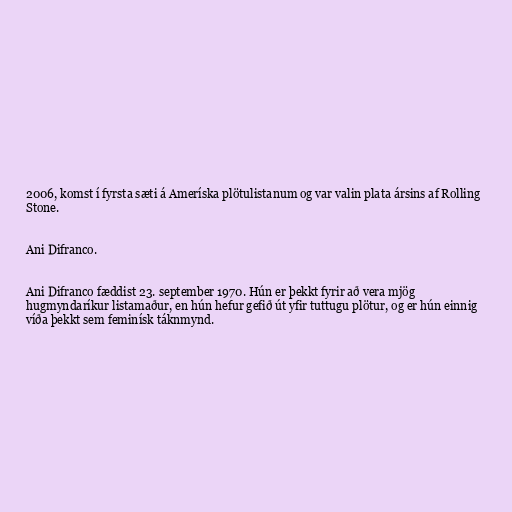
2006, komst í fyrsta sæti á Ameríska plötulistanum og var valin plata ársins af Rolling
Stone.

Ani Difranco.

Ani Difranco fæddist 23. september 1970. Hún er þekkt fyrir að vera mjög
hugmyndaríkur listamaður, en hún hefur gefið út yfir tuttugu plötur, og er hún einnig
víða þekkt sem feminísk táknmynd.